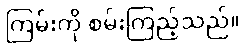
ကြမ်းကို စမ်းကြည့်သည်။